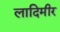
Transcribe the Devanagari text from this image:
लादिमीर